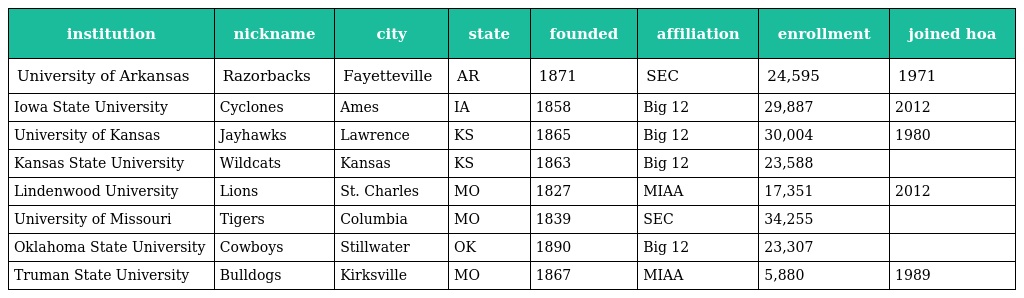
| institution | nickname | city | state | founded | affiliation | enrollment | joined hoa |
 | --- | --- | --- | --- | --- | --- | --- | --- |
 | University of Arkansas | Razorbacks | Fayetteville | AR | 1871 | SEC | 24,595 | 1971 |
 | Iowa State University | Cyclones | Ames | IA | 1858 | Big 12 | 29,887 | 2012 |
 | University of Kansas | Jayhawks | Lawrence | KS | 1865 | Big 12 | 30,004 | 1980 |
 | Kansas State University | Wildcats | Kansas | KS | 1863 | Big 12 | 23,588 |  |
 | Lindenwood University | Lions | St. Charles | MO | 1827 | MIAA | 17,351 | 2012 |
 | University of Missouri | Tigers | Columbia | MO | 1839 | SEC | 34,255 |  |
 | Oklahoma State University | Cowboys | Stillwater | OK | 1890 | Big 12 | 23,307 |  |
 | Truman State University | Bulldogs | Kirksville | MO | 1867 | MIAA | 5,880 | 1989 |